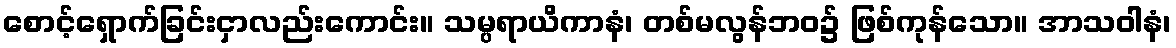
စောင့်ရှောက်ခြင်းငှာလည်းကောင်း။ သမ္ပရာယိကာနံ၊ တစ်မလွန်ဘဝ၌ ဖြစ်ကုန်သော။ အာသဝါနံ၊